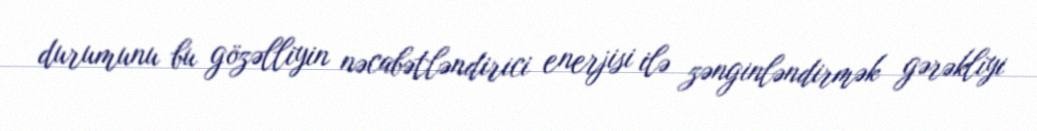
durumunu bu gözəlliyin nəcabətləndirici enerjisi ilə zənginləndirmək gərəkliyi